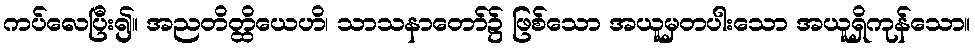
ကပ်လေပြီး၍။ အညတိတ္ထိယေဟိ၊ သာသနာတော်၌ ဖြစ်သော အယူမှတပါးသော အယူရှိကုန်သော။